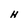
Character: H